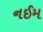
નઈમ